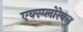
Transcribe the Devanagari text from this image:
एक्स्प्लोरेबल